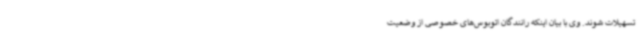
تسهیلات شوند. وی با بیان اینکه رانندگان اتوبوس‌های خصوصی از وضعیت